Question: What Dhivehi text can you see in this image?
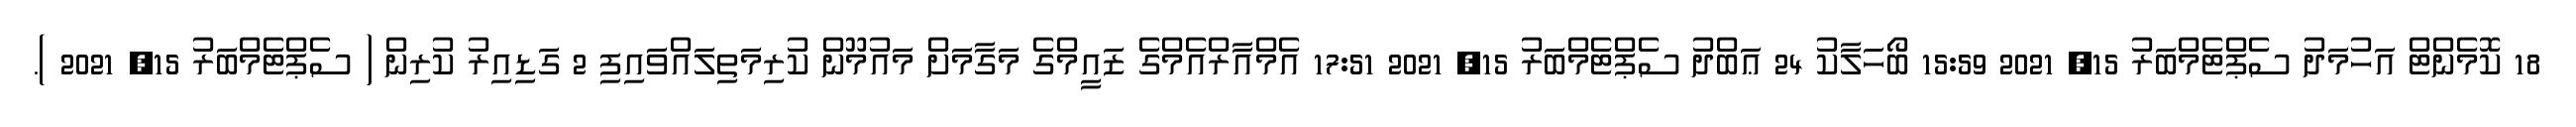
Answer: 18 ކޮމެންޓް އަހުމަދު ސެޕްޓެމްބަރު 15, 2021 15:59 ބޯހަލާކު 24 ޢަބްދު ސެޕްޓެމްބަރު 15, 2021 17:51 އެމްއާރްއެމްގެ ޒައީމްގެ މަގާމަށް މައުމޫން ކުރިމަތިލައްވައިފި 2 ގަޑިއިރު ކުރިން ( ސެޕްޓެމްބަރު 15, 2021 ).